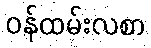
ဝန်ထမ်းလစာ